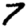
Digit: 7